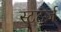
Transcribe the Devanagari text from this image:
स्टर्ट्ज़